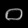
Digit: ၀